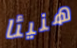
هنيئا